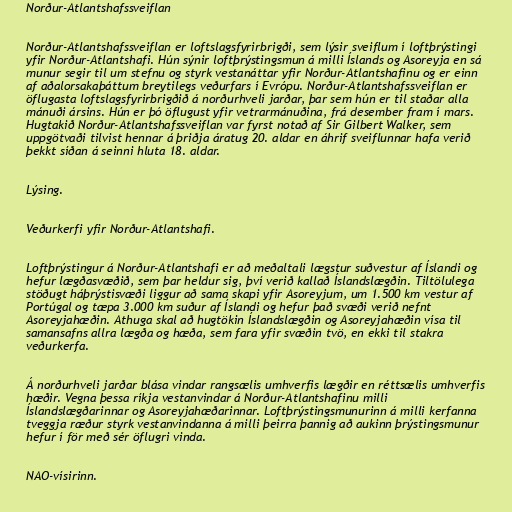
Norður-Atlantshafssveiflan

Norður-Atlantshafssveiflan er loftslagsfyrirbrigði, sem lýsir sveiflum í loftþrýstingi
yfir Norður-Atlantshafi. Hún sýnir loftþrýstingsmun á milli Íslands og Asoreyja en sá
munur segir til um stefnu og styrk vestanáttar yfir Norður-Atlantshafinu og er einn
af aðalorsakaþáttum breytilegs veðurfars í Evrópu. Norður-Atlantshafssveiflan er
öflugasta loftslagsfyrirbrigðið á norðurhveli jarðar, þar sem hún er til staðar alla
mánuði ársins. Hún er þó öflugust yfir vetrarmánuðina, frá desember fram í mars.
Hugtakið Norður-Atlantshafssveiflan var fyrst notað af Sir Gilbert Walker, sem
uppgötvaði tilvist hennar á þriðja áratug 20. aldar en áhrif sveiflunnar hafa verið
þekkt síðan á seinni hluta 18. aldar.

Lýsing.

Veðurkerfi yfir Norður-Atlantshafi.

Loftþrýstingur á Norður-Atlantshafi er að meðaltali lægstur suðvestur af Íslandi og
hefur lægðasvæðið, sem þar heldur sig, því verið kallað Íslandslægðin. Tiltölulega
stöðugt háþrýstisvæði liggur að sama skapi yfir Asoreyjum, um 1.500 km vestur af
Portúgal og tæpa 3.000 km suður af Íslandi og hefur það svæði verið nefnt
Asoreyjahæðin. Athuga skal að hugtökin Íslandslægðin og Asoreyjahæðin vísa til
samansafns allra lægða og hæða, sem fara yfir svæðin tvö, en ekki til stakra
veðurkerfa.

Á norðurhveli jarðar blása vindar rangsælis umhverfis lægðir en réttsælis umhverfis
hæðir. Vegna þessa ríkja vestanvindar á Norður-Atlantshafinu milli
Íslandslægðarinnar og Asoreyjahæðarinnar. Loftþrýstingsmunurinn á milli kerfanna
tveggja ræður styrk vestanvindanna á milli þeirra þannig að aukinn þrýstingsmunur
hefur í för með sér öflugri vinda.

NAO-vísirinn.